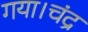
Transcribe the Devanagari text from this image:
गया।चंद्र